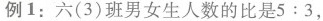
例1：六(3)班男女生人数的比是5:3，